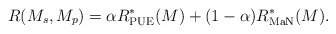
\begin{align*}R(M_s,M_p) = \alpha R^{*}_{\textrm{PUE}}(M) + (1-\alpha) R_{\textrm{MaN}}^{*}(M).\end{align*}